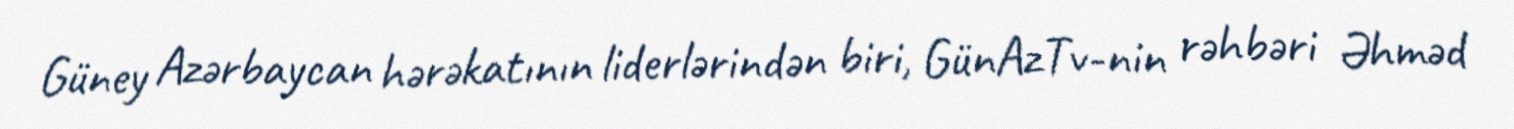
Güney Azərbaycan hərəkatının liderlərindən biri, GünAzTv-nin rəhbəri Əhməd